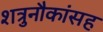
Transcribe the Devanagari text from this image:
शत्रुनौकांसह